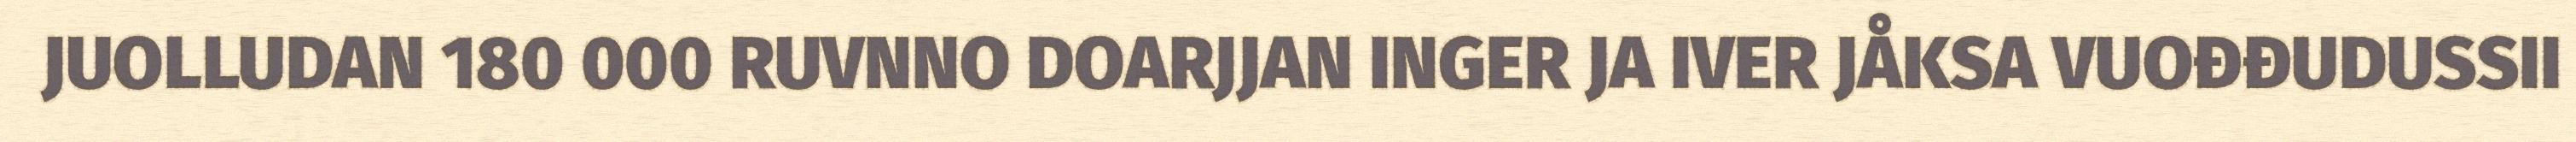
JUOLLUDAN 180 000 RUVNNO DOARJJAN INGER JA IVER JÅKSA VUOĐĐUDUSSII